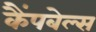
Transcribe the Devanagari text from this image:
कैंपबेल्स